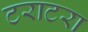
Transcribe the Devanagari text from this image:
टराटरा